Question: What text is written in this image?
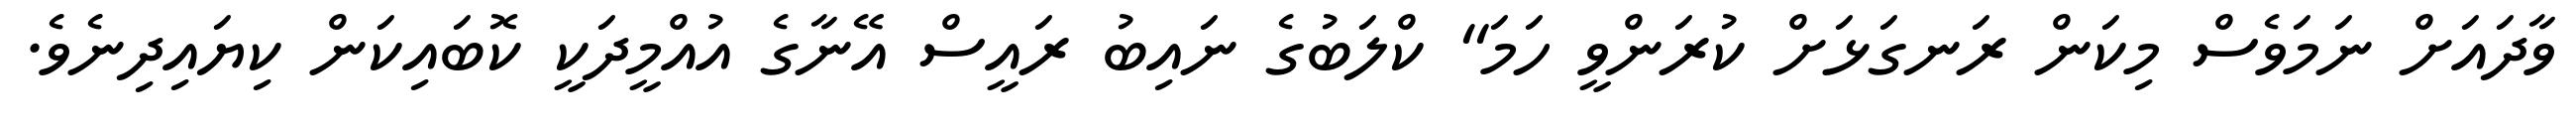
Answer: ވާދައަށް ނަމަވެސް މިކަން ރަނގަޅަށް ކުރަންވީ ހަމަ" ކްލަބުގެ ނައިބު ރައީސް އޭނާގެ އުއްމީދަކީ ކޮބައިކަން ކިޔައިދިނެވެ.